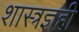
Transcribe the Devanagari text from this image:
शास्त्रज्ञही